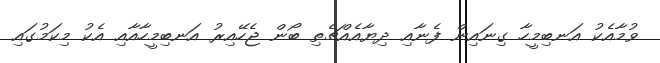
ވުމާއެކު އަނބިމީހާ ގިނައިން ފެނާއި ދިޔާއެއްޗެތި ބޯން ޖެހޭއިރު އަނބިމީހާއާއި އެކު މިކަމުގައި